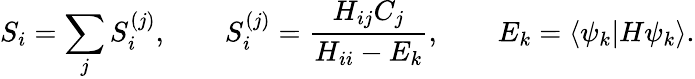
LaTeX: S_{i}=\sum_{j}S_{i}^{(j)},\qquad S_{i}^{(j)}=\frac{H_{ij}C_{j}}{H_{ii}-E_{k}},\qquad E_{k}=\langle\psi_{k}\vert H\psi_{k}\rangle.